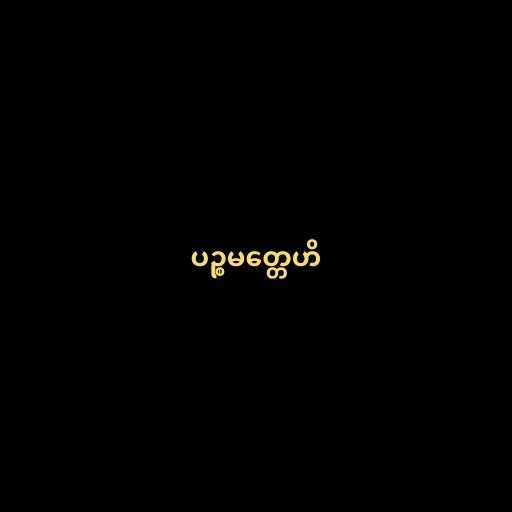
ပဉ္စမတ္တေဟိ